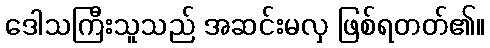
ဒေါသကြီးသူသည် အဆင်းမလှ ဖြစ်ရတတ်၏။